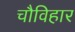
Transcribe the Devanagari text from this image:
चौविहार